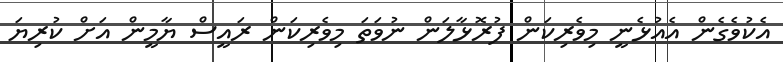
އެކުވެގެން އެއުޅެނީ މިވެރިކަން ފުރޮޅާލަން ނުވަތަ މިވެރިކަން ރައީސް ޔާމީން އަށް ކުރިޔަ